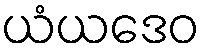
ယံယဒေဝ